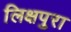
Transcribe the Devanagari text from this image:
लिक्षपुरा